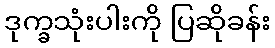
ဒုက္ခသုံးပါးကို ပြဆိုခန်း